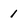
Character: 1